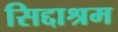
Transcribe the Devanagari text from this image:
सिद्दाश्रम